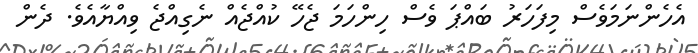
އެހެންނަމަވެސް މިފަހަރު ބައްޕަ ވެސް ހިންހަމަ ޖެހޭ ކުއްޖެއް ނެގިއްޖެ ވިއްޔާއެވެ. ދެން